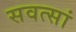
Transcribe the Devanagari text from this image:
सवत्सां